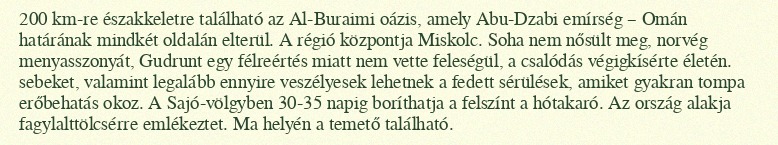
200 km-re északkeletre található az Al-Buraimi oázis, amely Abu-Dzabi emírség – Omán határának mindkét oldalán elterül. A régió központja Miskolc. Soha nem nősült meg, norvég menyasszonyát, Gudrunt egy félreértés miatt nem vette feleségül, a csalódás végigkísérte életén. sebeket, valamint legalább ennyire veszélyesek lehetnek a fedett sérülések, amiket gyakran tompa erőbehatás okoz. A Sajó-völgyben 30-35 napig boríthatja a felszínt a hótakaró. Az ország alakja fagylalttölcsérre emlékeztet. Ma helyén a temető található.